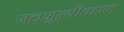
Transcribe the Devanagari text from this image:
जलशून्यीकरण